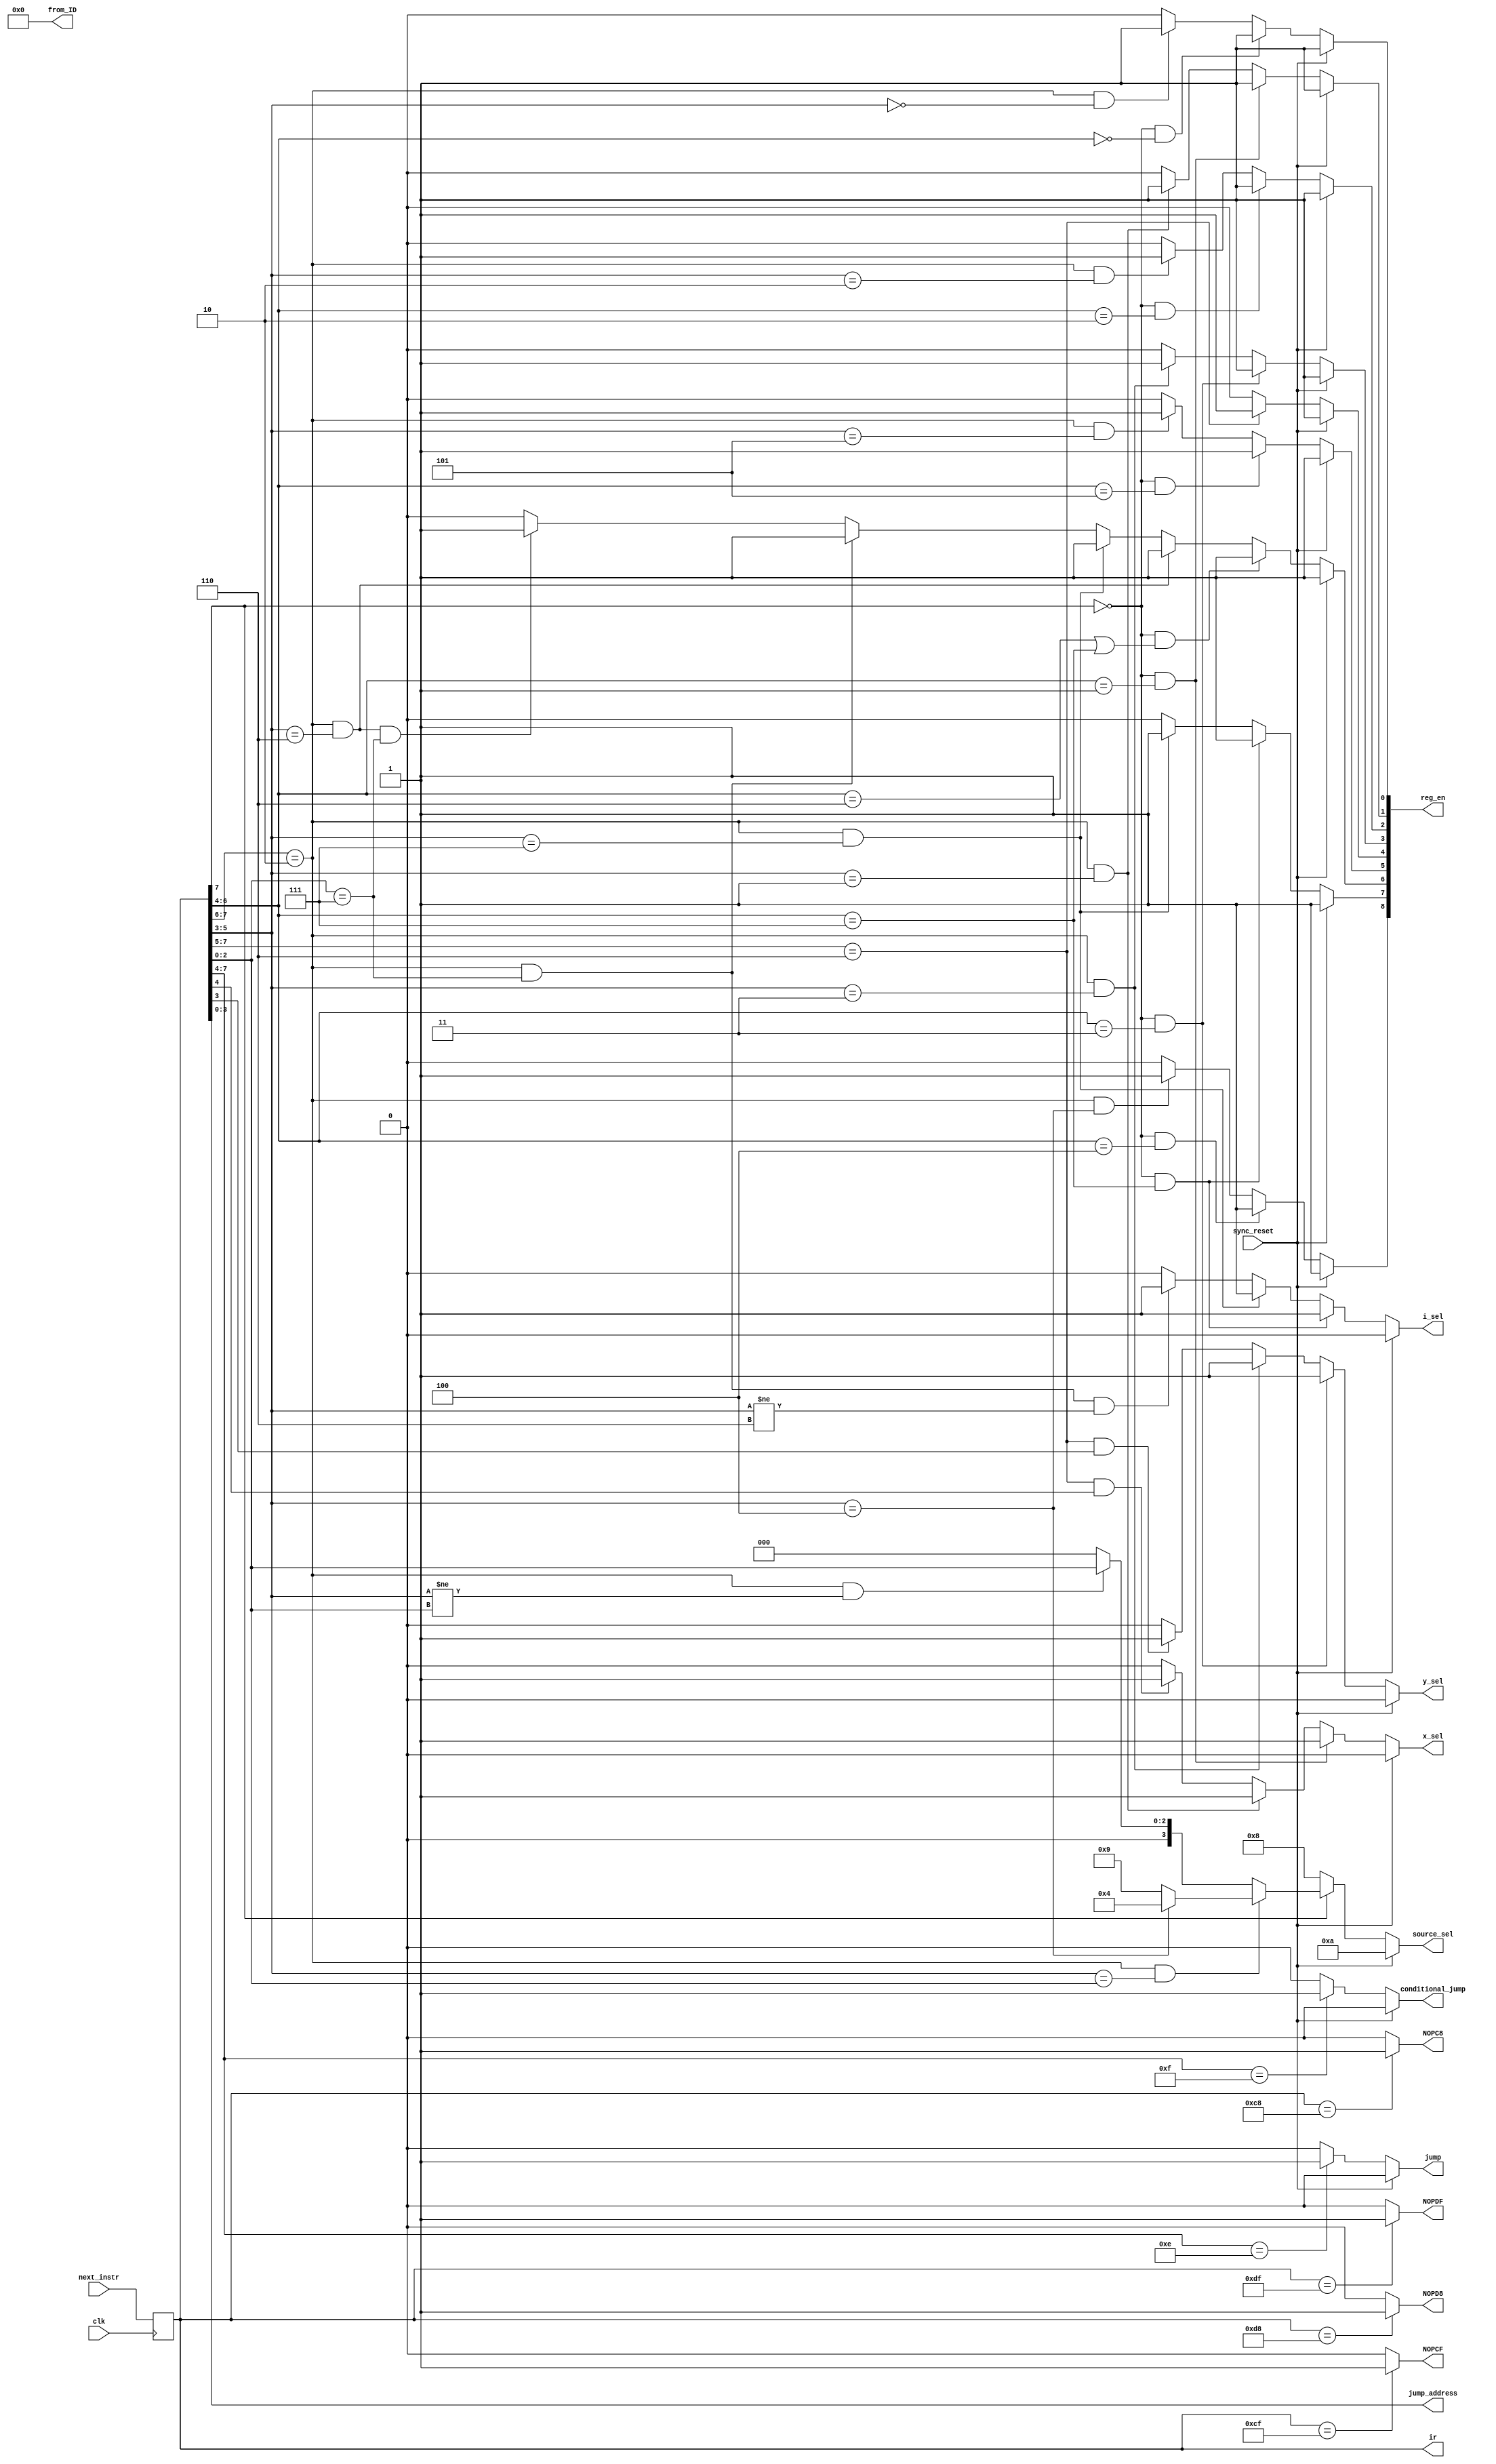
module instruction_decoder
( 	
	input wire clk,
	input wire sync_reset,
	input wire [7:0] next_instr,
	output reg jump,
	output reg conditional_jump,
	output reg [3:0] jump_address,
	output reg i_sel,
	output reg y_sel,
	output reg x_sel,
	output reg NOPC8,
	output reg NOPCF,
	output reg NOPD8,
	output reg NOPDF,
	output reg [3:0] source_sel,
	output reg [8:0] reg_en,
	output reg [7:0] ir,
	output reg [7:0] from_ID
);

always @*
	from_ID = 8'h00;

always @*
	if(ir == 8'hC8)
		NOPC8 = 1'b1;
	else
		NOPC8 = 1'b0;
		
always @*
	if(ir == 8'hCF)
		NOPCF = 1'b1;
	else
		NOPCF = 1'b0;
	
always @*
	if(ir == 8'hD8)
		NOPD8 = 1'b1;
	else
		NOPD8 = 1'b0;
		
always @*
	if(ir == 8'hDF)
		NOPDF = 1'b1;
	else
		NOPDF = 1'b0;		
	
always @ (posedge clk)
	ir = next_instr;

always @ *
	jump_address = ir[3:0];

/**********************************************************
 ***************Logic for register enables*****************
 **********************************************************/
// o_reg_________________
always @ * 
begin
	if(sync_reset == 1'b0) 
		if((ir[7] == 1'b0)&&(ir[6:4] == 3'd4))
			reg_en[8] = 1'b1;
		else if ((ir[7:6] == 2'b10)&&(ir[5:3] == 3'd4))
			reg_en[8] = 1'b1;
		else
			reg_en[8] = 1'b0;
	else
		reg_en[8] = 1'b1;
end
//_______________________
// dm____________________
always @ * 
begin
	if(sync_reset == 1'b0) 
		if( (ir[7] == 1'b0)&&(ir[6:4] == 3'd7) )
			reg_en[7] = 1'b1;
		else if( (ir[7:6] == 2'b10)&&(ir[5:3] == 3'd7) )
			reg_en[7] = 1'b1;
		else 
			reg_en[7] = 1'b0;
	else
		reg_en[7] = 1'b1;
end
//_______________________
// i_____________________
always @ * 
begin
	if(sync_reset == 1'b0) 
		if((ir[7] == 1'b0)&&((ir[6:4] == 3'd6)||(ir[6:4] == 3'd7)))
			reg_en[6] = 1'b1;
		else if ((ir[7:6] == 2'b10)&&(ir[5:3] == 3'd6))
			reg_en[6] = 1'b1;
		else if ((ir[7:6] == 2'b10)&&(ir[5:3] == 3'd7))
			reg_en[6] = 1'b1;
		else if ((ir[7:6] == 2'b10)&&(ir[2:0] == 3'd7))
			reg_en[6] = 1'b1;
		else if ((ir[7:6] == 2'b10)&&(ir[5:3] == 3'd6)&&(ir[2:0] == 3'd7))
			reg_en[6] = 1'b1;
		else
			reg_en[6] = 1'b0;
	else
		reg_en[6] = 1'b1;
end
//_______________________
// m_____________________
always @ * 
begin
	if(sync_reset == 1'b0) 
		if((ir[7] == 1'b0)&&(ir[6:4] == 3'd5))
			reg_en[5] = 1'b1;
		else if ((ir[7:6] == 2'b10)&&(ir[5:3] == 3'd5))
			reg_en[5] = 1'b1;
		else
			reg_en[5] = 1'b0;
	else
		reg_en[5] = 1'b1;
end
//_______________________
// r_____________________
always @ * begin
	if(sync_reset == 1'b0) 
		if(ir[7:5] == 3'b110)
			reg_en[4] = 1'b1;
		else
			reg_en[4] = 1'b0;
	else
		reg_en[4] = 1'b1;
end
//_______________________
// y1____________________
always @ * 
begin
	if(sync_reset == 1'b0) 
		if((ir[7] == 1'b0)&&(ir[6:4] == 3'd3))
			reg_en[3] = 1'b1;
		else if ((ir[7:6] == 2'b10)&&(ir[5:3] == 3'd3))
			reg_en[3] = 1'b1;
		else
			reg_en[3] = 1'b0;
	else
		reg_en[3] = 1'b1;
end
//_______________________
// y0____________________
always @ * 
begin
	if(sync_reset == 1'b0) 
		if((ir[7] == 1'b0)&&(ir[6:4] == 3'd2))
			reg_en[2] = 1'b1;
		else if ((ir[7:6] == 2'b10)&&(ir[5:3] == 3'd2))
			reg_en[2] = 1'b1;
		else
			reg_en[2] = 1'b0;
	else
		reg_en[2] = 1'b1;
end
//_______________________
// x1____________________
always @ * 
begin
	if(sync_reset == 1'b0) 
		if((ir[7] == 1'b0)&&(ir[6:4] == 3'd1))
			reg_en[1] = 1'b1;
		else if ((ir[7:6] == 2'b10)&&(ir[5:3] == 3'd1))
			reg_en[1] = 1'b1;
		else
			reg_en[1] = 1'b0;
	else
		reg_en[1] = 1'b1;
end
//_______________________
// x0____________________
always @ * 
begin
	if(sync_reset == 1'b0) 
		if((ir[7] == 1'b0)&&(ir[6:4] == 3'd0))
			reg_en[0] = 1'b1;
		else if ((ir[7:6] == 2'b10)&&(ir[5:3] == 3'd0))
			reg_en[0] = 1'b1;
		else
			reg_en[0] = 1'b0;
	else
		reg_en[0] = 1'b1;
end
/**********************************************************
 ***************Logic for source select********************
 **********************************************************/
always @ *
begin
	if(sync_reset == 1'b0)
	/*_____________________________________
 	______________load___________________*/
		if(ir[7] == 1'b0) 						// load command ID
			source_sel = 4'h8;
	/*_____________________________________
	 ______________mov____________________*/
		else if( (ir[7:6] == 2'b10) && (ir[5:3] == ir[2:0]) )
			if(ir[5:3] == 3'h4)				// if dst == o_reg
				source_sel = 4'h4;			// select r
			else
				source_sel = 4'h9;		
		else if( (ir[7:6] == 2'b10) && (ir[5:3] != ir[2:0]) )
			source_sel = ir[2:0];
		else
			source_sel = 4'b0;
	else
		source_sel = 4'd10;
end

/**********************************************************
 ***************Logic for i select*************************
 **********************************************************/
always @ *
begin
	if(sync_reset == 1'b0)
	/*_____________________________________
 	______________load___________________*/
		if( (ir[7] == 1'b0) && (ir[6:4] == 3'b111) )						// load command ID
				i_sel = 1'b1;
	
	/*_____________________________________
 	______________mov____________________*/
		else if( (ir[7:6] == 2'b10) && (ir[5:3] == 3'h7) )
			i_sel = 1'b1;
		else if( (ir[7:6] == 2'b10) && (ir[2:0] == 3'h7) && (ir[5:3] != 3'h6) )
			i_sel = 1'b1;
		else
			i_sel = 1'b0;
	else
		i_sel = 1'b0;
end

/**********************************************************
 ***************Logic for x select*************************
 **********************************************************/
always @ *
begin
	if(sync_reset == 1'b0)
	/*_____________________________________
 	______________load___________________*/
		if( (ir[7] == 1'b0) && (ir[6:4] == 3'H1) )						// load command ID dst = x1								
				x_sel = 1'b1;
	/*_____________________________________
	 ______________mov____________________*/
		else if( (ir[7:6] == 2'b10) && (ir[5:3] == 3'h1) )				// mov command ID
			x_sel = 1'b1;
	/*_____________________________________
 	______________ALU____________________*/
		else if( (ir[7:5] == 3'b110) && (ir[4] != 1'b0) )			// ALU command ID
			x_sel = 1'b1;
		else
			x_sel = 1'b0;
	else
		x_sel = 1'b0;
end

/**********************************************************
 ***************Logic for y select*************************
 **********************************************************/
always @ *
begin
	if(sync_reset == 1'b0)
	/*_____________________________________
	 ______________load___________________*/
		if( (ir[7] == 1'b0) && (ir[6:4] == 3'h3) )  		// load command ID dst = y1		
			y_sel = 1'b1;
	/*_____________________________________
	 ______________mov____________________*/
		else if( (ir[7:6] == 2'b10) && (ir[5:3] == 3'h3) )	// mov command ID
			y_sel = 1'b1;
	/*_____________________________________
	 ______________ALU____________________*/
		else if( (ir[7:5] == 3'b110) && (ir[3] != 1'b0) )	// ALU command ID
			y_sel = 1'b1;
		else
			y_sel = 1'b0;
	else
		y_sel = 1'b0;
end

/**********************************************************
 ***************Logic for jump*****************************
 **********************************************************/
always @ *
begin
	if(sync_reset == 1'b0)
 	/*_____________________________________
 	______________jump___________________*/
 		if(ir[7:4] == 4'b1110)				// jump command ID
 			jump = 1'b1;
		else
			jump = 1'b0;
	else
		jump = 1'b0;
end

/**********************************************************
 ***************Logic for conditional jump*****************
 **********************************************************/
always @ *
begin
	if(sync_reset == 1'b0)
 	/*_____________________________________
 	_________conditional_jump_____________*/
 		if(ir[7:4] == 4'b1111)				// conditional jump ID
 			conditional_jump = 1'b1;
		else
			conditional_jump = 1'b0;
	else
		conditional_jump = 1'b0;
end


endmodule